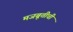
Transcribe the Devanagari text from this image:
मजबूतीची